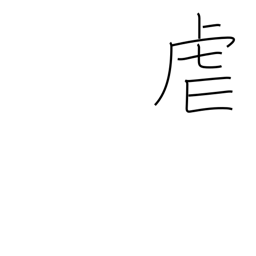
Meaning: oppress